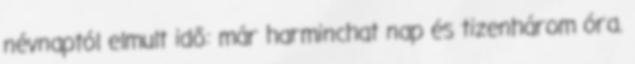
névnaptól elmult idő: már harminchat nap és tizenhárom óra.